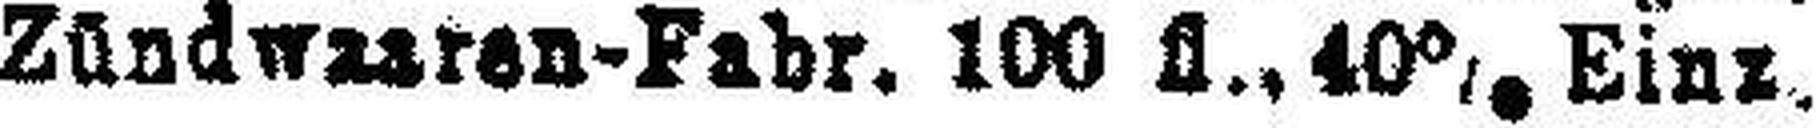
Zündwaaren-Fabr. 100 fl., 40% Einx.